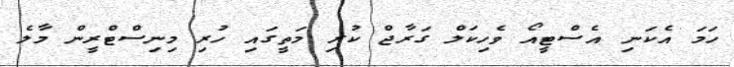
ހަމަ އެކަނި އެސްޓީއޯ ވެހިކަލް ގަރާޖް ކުރި މަތީގައި ހުރި މިނިސްޓްރީން މާލެ